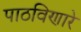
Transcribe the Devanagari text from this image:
पाठविणारे